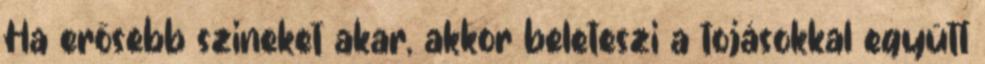
Ha erősebb szineket akar, akkor beleteszi a tojásokkal együtt